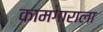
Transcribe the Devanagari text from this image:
कामगाराला